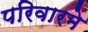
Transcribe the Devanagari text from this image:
परिवारमे